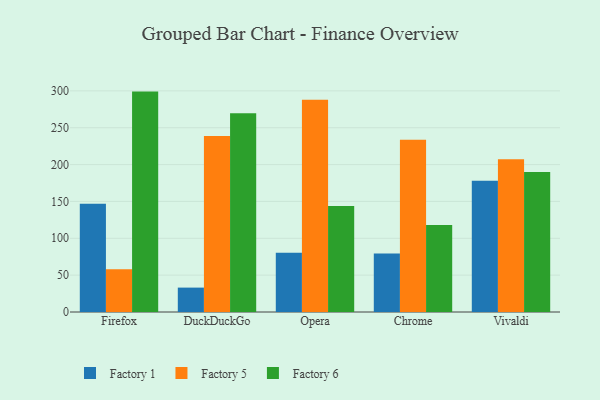
{"axis": {"x": "Browser", "y": "Bounce Rate (%)"}, "legend": ["Factory 1", "Factory 5", "Factory 6"], "data": [{"x": "Firefox", "y": 146.7, "type": "Factory 1"}, {"x": "Firefox", "y": 58.0, "type": "Factory 5"}, {"x": "Firefox", "y": 299.0, "type": "Factory 6"}, {"x": "DuckDuckGo", "y": 33.1, "type": "Factory 1"}, {"x": "DuckDuckGo", "y": 238.7, "type": "Factory 5"}, {"x": "DuckDuckGo", "y": 269.6, "type": "Factory 6"}, {"x": "Opera", "y": 80.4, "type": "Factory 1"}, {"x": "Opera", "y": 288.0, "type": "Factory 5"}, {"x": "Opera", "y": 143.9, "type": "Factory 6"}, {"x": "Chrome", "y": 79.5, "type": "Factory 1"}, {"x": "Chrome", "y": 233.8, "type": "Factory 5"}, {"x": "Chrome", "y": 118.0, "type": "Factory 6"}, {"x": "Vivaldi", "y": 178.0, "type": "Factory 1"}, {"x": "Vivaldi", "y": 207.3, "type": "Factory 5"}, {"x": "Vivaldi", "y": 189.8, "type": "Factory 6"}]}